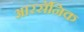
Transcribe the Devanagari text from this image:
आरसॅनिक